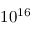
1 0 ^ { 1 6 }